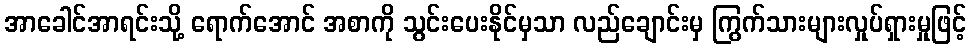
အာခေါင်အာရင်းသို့ ရောက်အောင် အစာကို သွင်းပေးနိုင်မှသာ လည်ချောင်းမှ ကြွက်သားများလှုပ်ရှားမှုဖြင့်